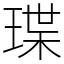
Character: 㻡